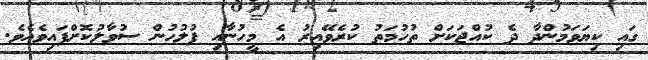
ގައި ކިޔަވަމުންދާ ދެ ކުއްޖަކަށް ތުހުމަތު ކުރެވޭއިރު އެ މީހުނާއި ފުލުހުން ސުވާލުކޮށްފައިވެއެވެ.